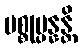
ပစ္စုပ္ပန္နန္တိ